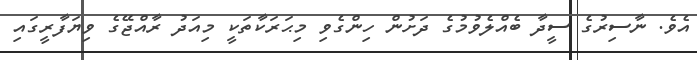
އެވެ. ނާސިރުގެ ސީދާ ބެއްލެވުމުގެ ދަށުން ހިންގެވި މިޙަރަކާތަކީ މިއަދު ރާއްޖޭގެ ވިޔަފާރީގައި